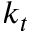
k _ { t }